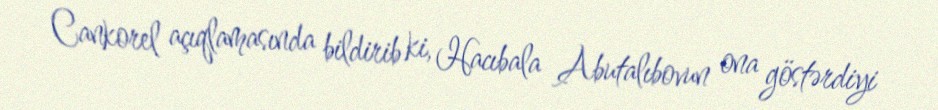
Cankorel açıqlamasında bildirib ki, Hacıbala Abutalıbovun ona göstərdiyi